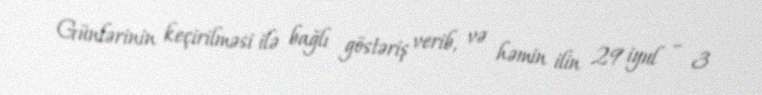
Günlərinin keçirilməsi ilə bağlı göstəriş verib, və həmin ilin 29 iyul – 3